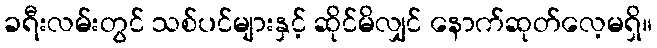
ခရီးလမ်းတွင် သစ်ပင်များနှင့် ဆိုင်မိလျှင် နောက်ဆုတ်လေ့မရှိ။